Scottish Certificate of Education, 1963
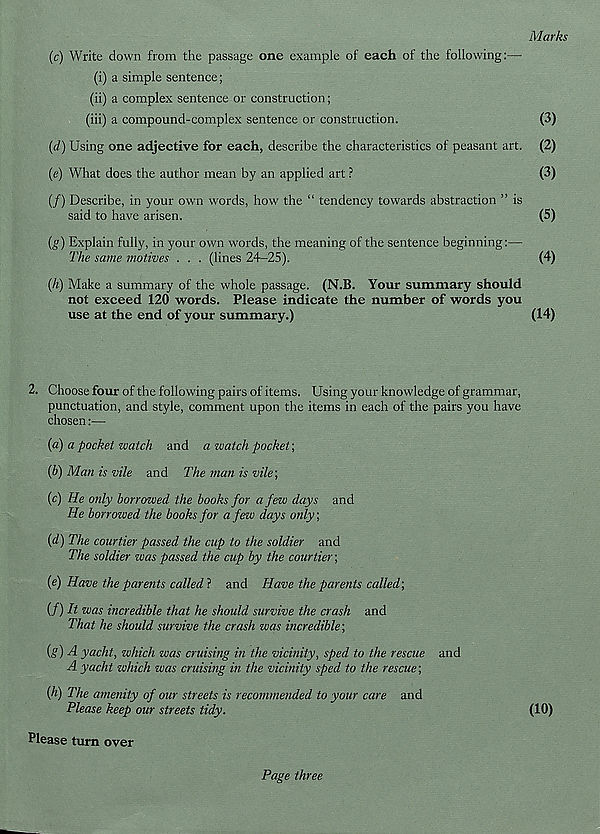
Marks
(c) Write down from the passage one example of each of the following:—
(i) a simple sentence;
(ii) a complex sentence or construction;
(iii) a compound-complex sentence or construction.
(3)
(d) Using one adjective for each, describe the characteristics of peasant art. (2)
(e) What does the author mean by an applied art ?
(3)
(/) Describe, in your own words, how the “ tendency towards abstraction ” is
said to have arisen.
(5)
(g) Explain fully, in your own words, the meaning of the sentence beginning:—
The same motives . . . (lines 24-25).
(4)
{h) Make a summary of the whole passage. (N.B. Your summary should
not exceed 120 words. Please indicate the number of words you
use at the end of your summary.)
(14)
2. Choose four of the following pairs of items. Using your knowledge of grammar,
punctuation, and style, comment upon the items in each of the pairs you have
chosen:—
{a) a pocket watch and a watch pocket;
(b) Man is vile and The man is vile',
(c) He only borrowed the books for a few days and
He borrowed the books for a few days only;
(d) The courtier passed the cup to the soldier and
The soldier zvas passed the cup by the courtier;
(e) Have the parents called ? and Have the parents called',
(/) It was incredible that he should survive the crash and
That he should survive the crash was incredible;
{§) A yacht, which was cruising in the vicinity, sped to the rescue and
A yacht which was cruising in the vicinity sped to the rescue;
{h) The amenity of our streets is recommended to your care and
Please keep our streets tidy.
(10)
Please turn over
Page three